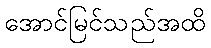
အောင်မြင်သည်အထိ